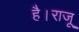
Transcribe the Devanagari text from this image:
है।राजू